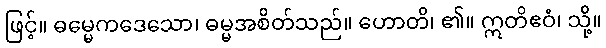
ဖြင့်။ ဓမ္မေကဒေသော၊ ဓမ္မအစိတ်သည်။ ဟောတိ၊ ၏။ ဣတိဧဝံ၊ သို့။